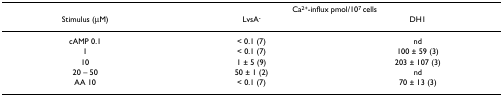
<table><thead><tr><td></td><td colspan="2"><b>Ca<sup>2+</sup>-influx pmol/10<sup>7 </sup>cells</b></td></tr><tr><td><b>Stimulus (μM)</b></td><td><b>LvsA<sup>-</sup></b></td><td><b>DH1</b></td></tr></thead><tbody><tr><td>cAMP 0.1</td><td>&lt; 0.1 (7)</td><td>nd</td></tr><tr><td>1</td><td>&lt; 0.1 (7)</td><td>100 ± 59 (3)</td></tr><tr><td>10</td><td>1 ± 5 (9)</td><td>203 ± 107 (3)</td></tr><tr><td>20 – 50</td><td>50 ± 1 (2)</td><td>nd</td></tr><tr><td>AA 10</td><td>&lt; 0.1 (7)</td><td>70 ± 13 (3)</td></tr></tbody></table>